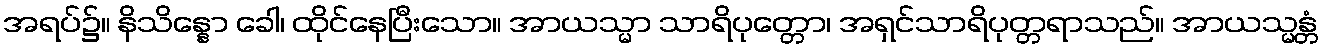
အရပ်၌။ နိသိန္နော ခေါ၊ ထိုင်နေပြီးသော။ အာယသ္မာ သာရိပုတ္တော၊ အရှင်သာရိပုတ္တရာသည်။ အာယသ္မန္တံ